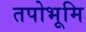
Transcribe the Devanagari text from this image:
तपोभूमि